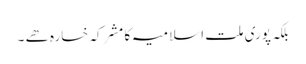
بلکہ پوری ملت اسلامیہ کا مشرکہ خسارہ ھے ۔